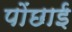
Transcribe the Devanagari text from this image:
पोंछाई